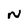
Character: N